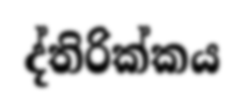
ද්තිරික්කය